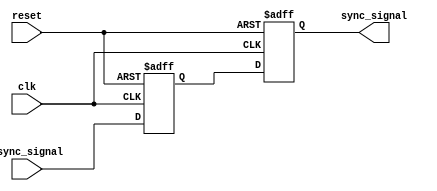
module TwoFF_Metastability_Detector (
    input wire clk,             // Clock signal
    input wire async_signal,    // Asynchronous input signal
    input wire reset,           // Optional reset signal
    output reg sync_signal      // Synchronized output signal
);

    // Internal signals for the flip-flops
    reg ff1_out;               // Output of the first flip-flop

    // First flip-flop (FF1)
    always @(posedge clk or posedge reset) begin
        if (reset) begin
            ff1_out <= 1'b0;   // Reset FF1 output to 0
        end else begin
            ff1_out <= async_signal; // Capture async signal
        end
    end

    // Second flip-flop (FF2)
    always @(posedge clk or posedge reset) begin
        if (reset) begin
            sync_signal <= 1'b0; // Reset sync output to 0
        end else begin
            sync_signal <= ff1_out; // Capture FF1 output
        end
    end

endmodule